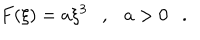
LaTeX: F ( \xi ) = a \xi ^ { 3 } \ \ \ , \ \ \ a > 0 \ \ \ .